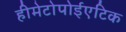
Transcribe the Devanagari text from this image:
हीमेटोपोईएटिक